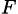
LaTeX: _{F}